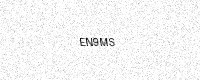
Text: EN9MS